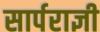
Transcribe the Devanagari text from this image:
सार्पराज्ञी